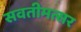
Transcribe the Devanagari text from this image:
सवतीमत्सर